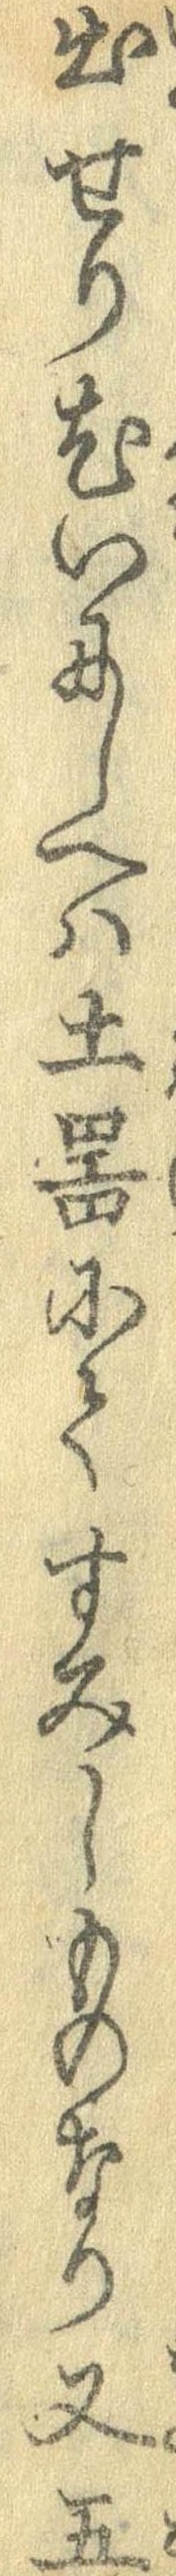
出せり尤いにしへは土器にてすみしものなり又五